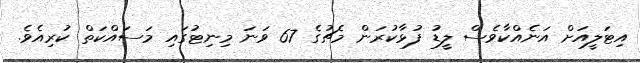
އިޓަލީއަށް އަނެއްކާވެސް ލީޑު ފުޅާކުރަން މެޗުގެ 67 ވަނަ މިނިޓުގައި މަސައްކަތް ކުރިއެވެ.